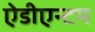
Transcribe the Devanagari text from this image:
ऐडीएन्टम